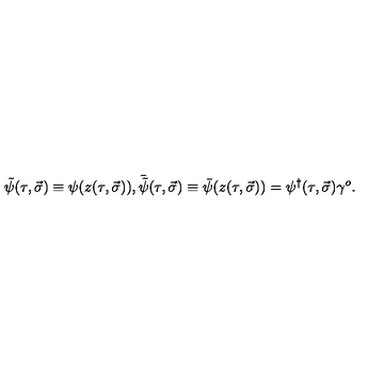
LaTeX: \tilde { \psi } ( \tau , \vec { \sigma } ) \equiv \psi ( z ( \tau , \vec { \sigma } ) ) , { \bar { \tilde { \psi } } } ( \tau , \vec { \sigma } ) \equiv \bar { \psi } ( z ( \tau , \vec { \sigma } ) ) = \psi ^ { \dagger } ( \tau , \vec { \sigma } ) \gamma ^ { o } .